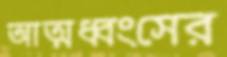
আত্মধ্বংসের